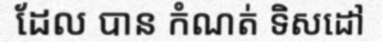
ដែល បាន កំណត់ ទិសដៅ